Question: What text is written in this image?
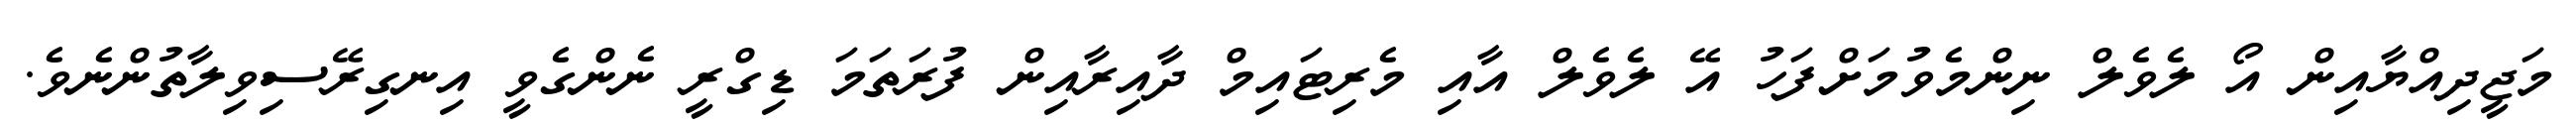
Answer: މަޖީދިއްޔާއިން އޯ ލެވެލް ނިންމެވުމަށްފަހު އޭ ލެވެލް އާއި މެރިޓައިމް ދާއިރާއިން ފުރަތަމަ ޑިގްރީ ނެންގެވީ އިނގިރޭސިވިލާތުންނެވެ.